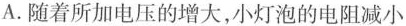
A.随着所加电压的增大，小灯泡的电阻减小